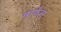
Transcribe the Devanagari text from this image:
मार्फंस